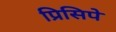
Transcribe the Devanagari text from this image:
प्रिसिपे